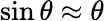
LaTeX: \sin\theta\approx\theta